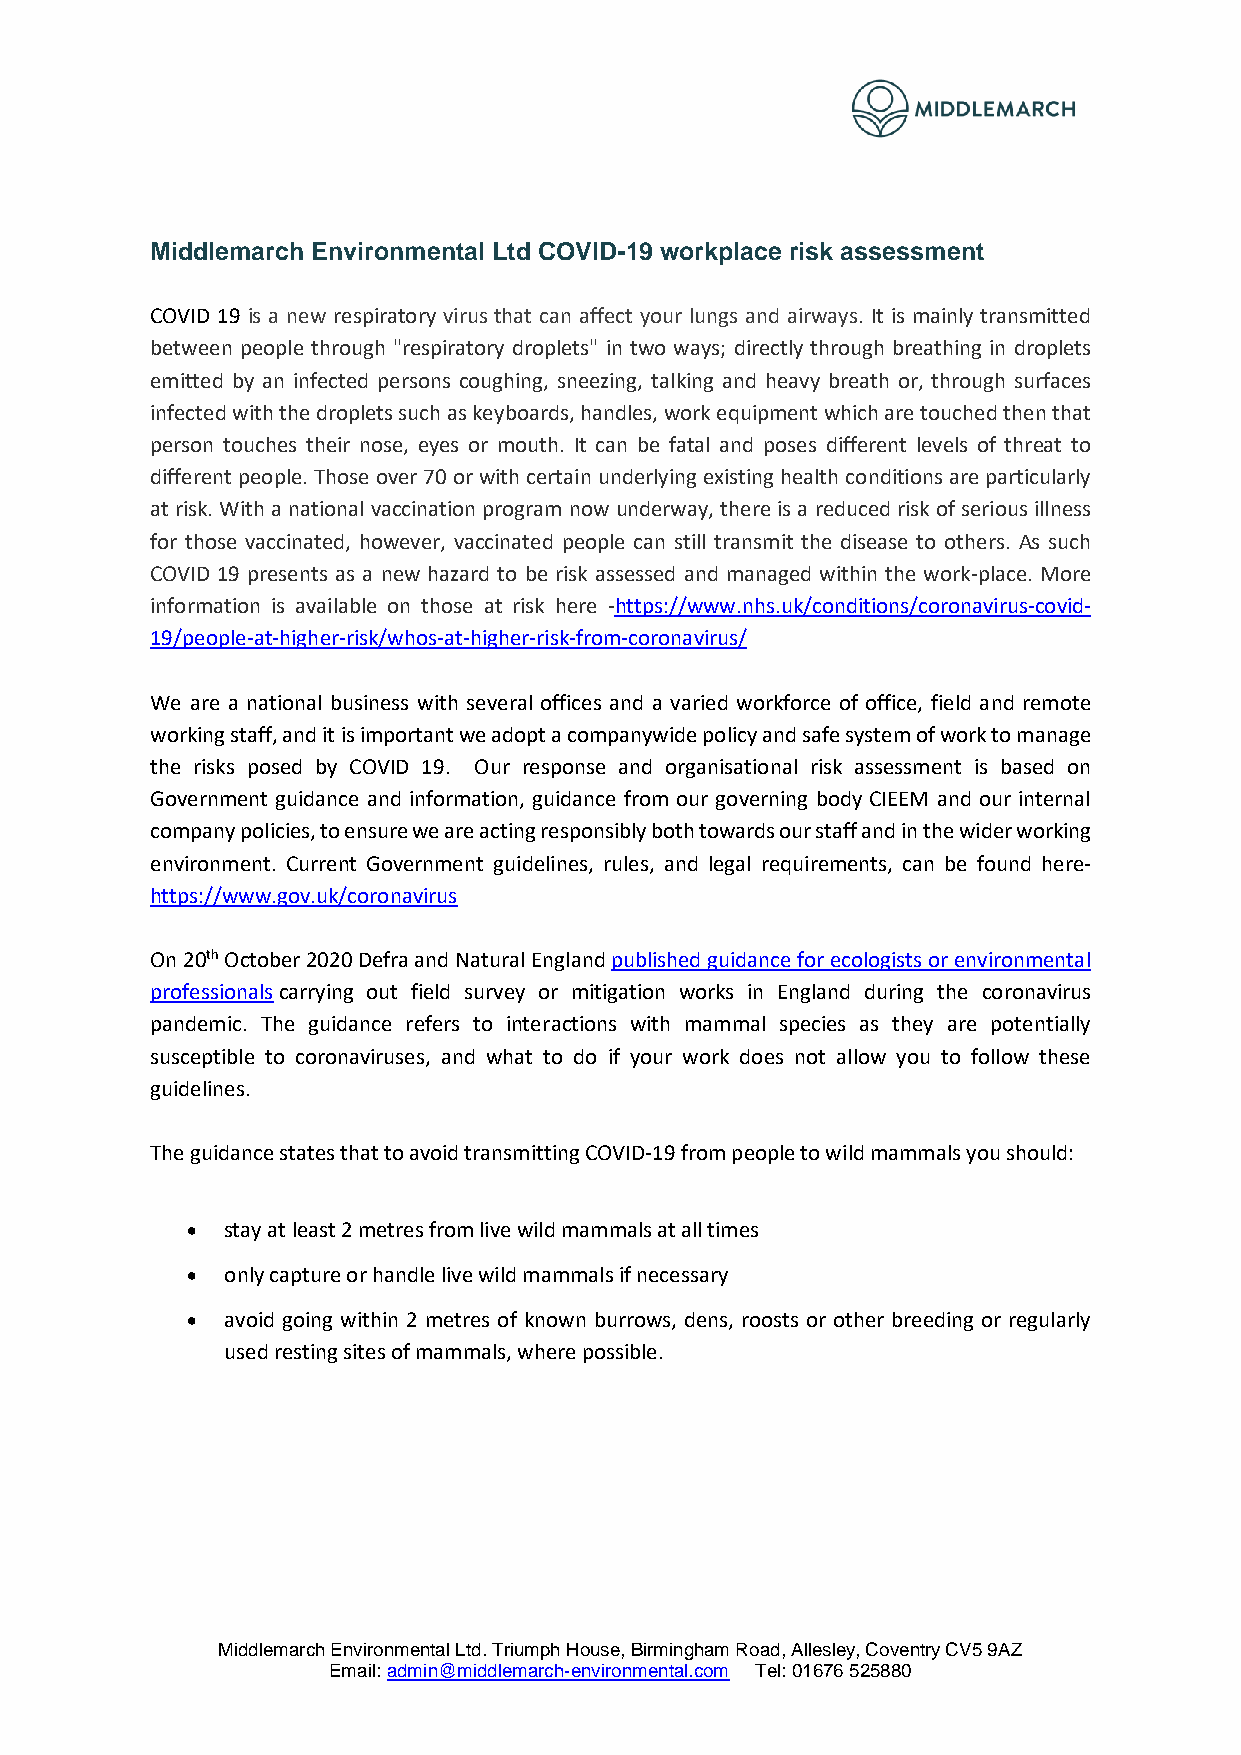
Middlemarch Environmental Ltd COVID-19 workplace risk assessment
 COVID 19 is a new respiratory virus that can affect your lungs and airways. It is mainly transmitted
 between people through "respiratory droplets" in two ways; directly through breathing in droplets
 emitted by an infected persons coughing, sneezing, talking and heavy breath or, through surfaces
 infected with the droplets such as keyboards, handles, work equipment which are touched then that
 person touches their nose, eyes or mouth. It can be fatal and poses different levels of threat to
 different people. Those over 70 or with certain underlying existing health conditions are particularly
 at risk. With a national vaccination program now underway, there is a reduced risk of serious illness
 for those vaccinated, however, vaccinated people can still transmit the disease to others. As such
 COVID 19 presents as a new hazard to be risk assessed and managed within the work-place. More
 information is available on those at risk here -https://www.nhs.uk/conditions/coronavirus-covid-
 19/people-at-higher-risk/whos-at-higher-risk-from-coronavirus/
 We are a national business with several offices and a varied workforce of office, field and remote
 working staff, and it is important we adopt a companywide policy and safe system of work to manage
 the risks posed by COVID 19. Our response and organisational risk assessment is based on
 Government guidance and information, guidance from our governing body CIEEM and our internal
 company policies, to ensure we are acting responsibly both towards our staff and in the wider working
 environment. Current Government guidelines, rules, and legal requirements, can be found here-
 https://www.gov.uk/coronavirus
 On 20th October 2020 Defra and Natural England published guidance for ecologists or environmental
 professionals carrying out field survey or mitigation works in England during the coronavirus
 pandemic. The guidance refers to interactions with mammal species as they are potentially
 susceptible to coronaviruses, and what to do if your work does not allow you to follow these
 guidelines.
 The guidance states that to avoid transmitting COVID-19 from people to wild mammals you should:
 •  stay at least 2 metres from live wild mammals at all times
 •  only capture or handle live wild mammals if necessary
 •  avoid going within 2 metres of known burrows, dens, roosts or other breeding or regularly
 used resting sites of mammals, where possible.
 Middlemarch Environmental Ltd. Triumph House, Birmingham Road, Allesley, Coventry CV5 9AZ
 Email: admin@middlemarch-environmental.com Tel: 01676 525880